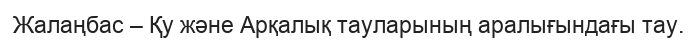
Жалаңбас – Қу және Арқалық тауларының аралығындағы тау.